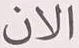
الان